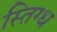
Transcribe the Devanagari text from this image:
स्तिग्ध